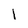
Character: i